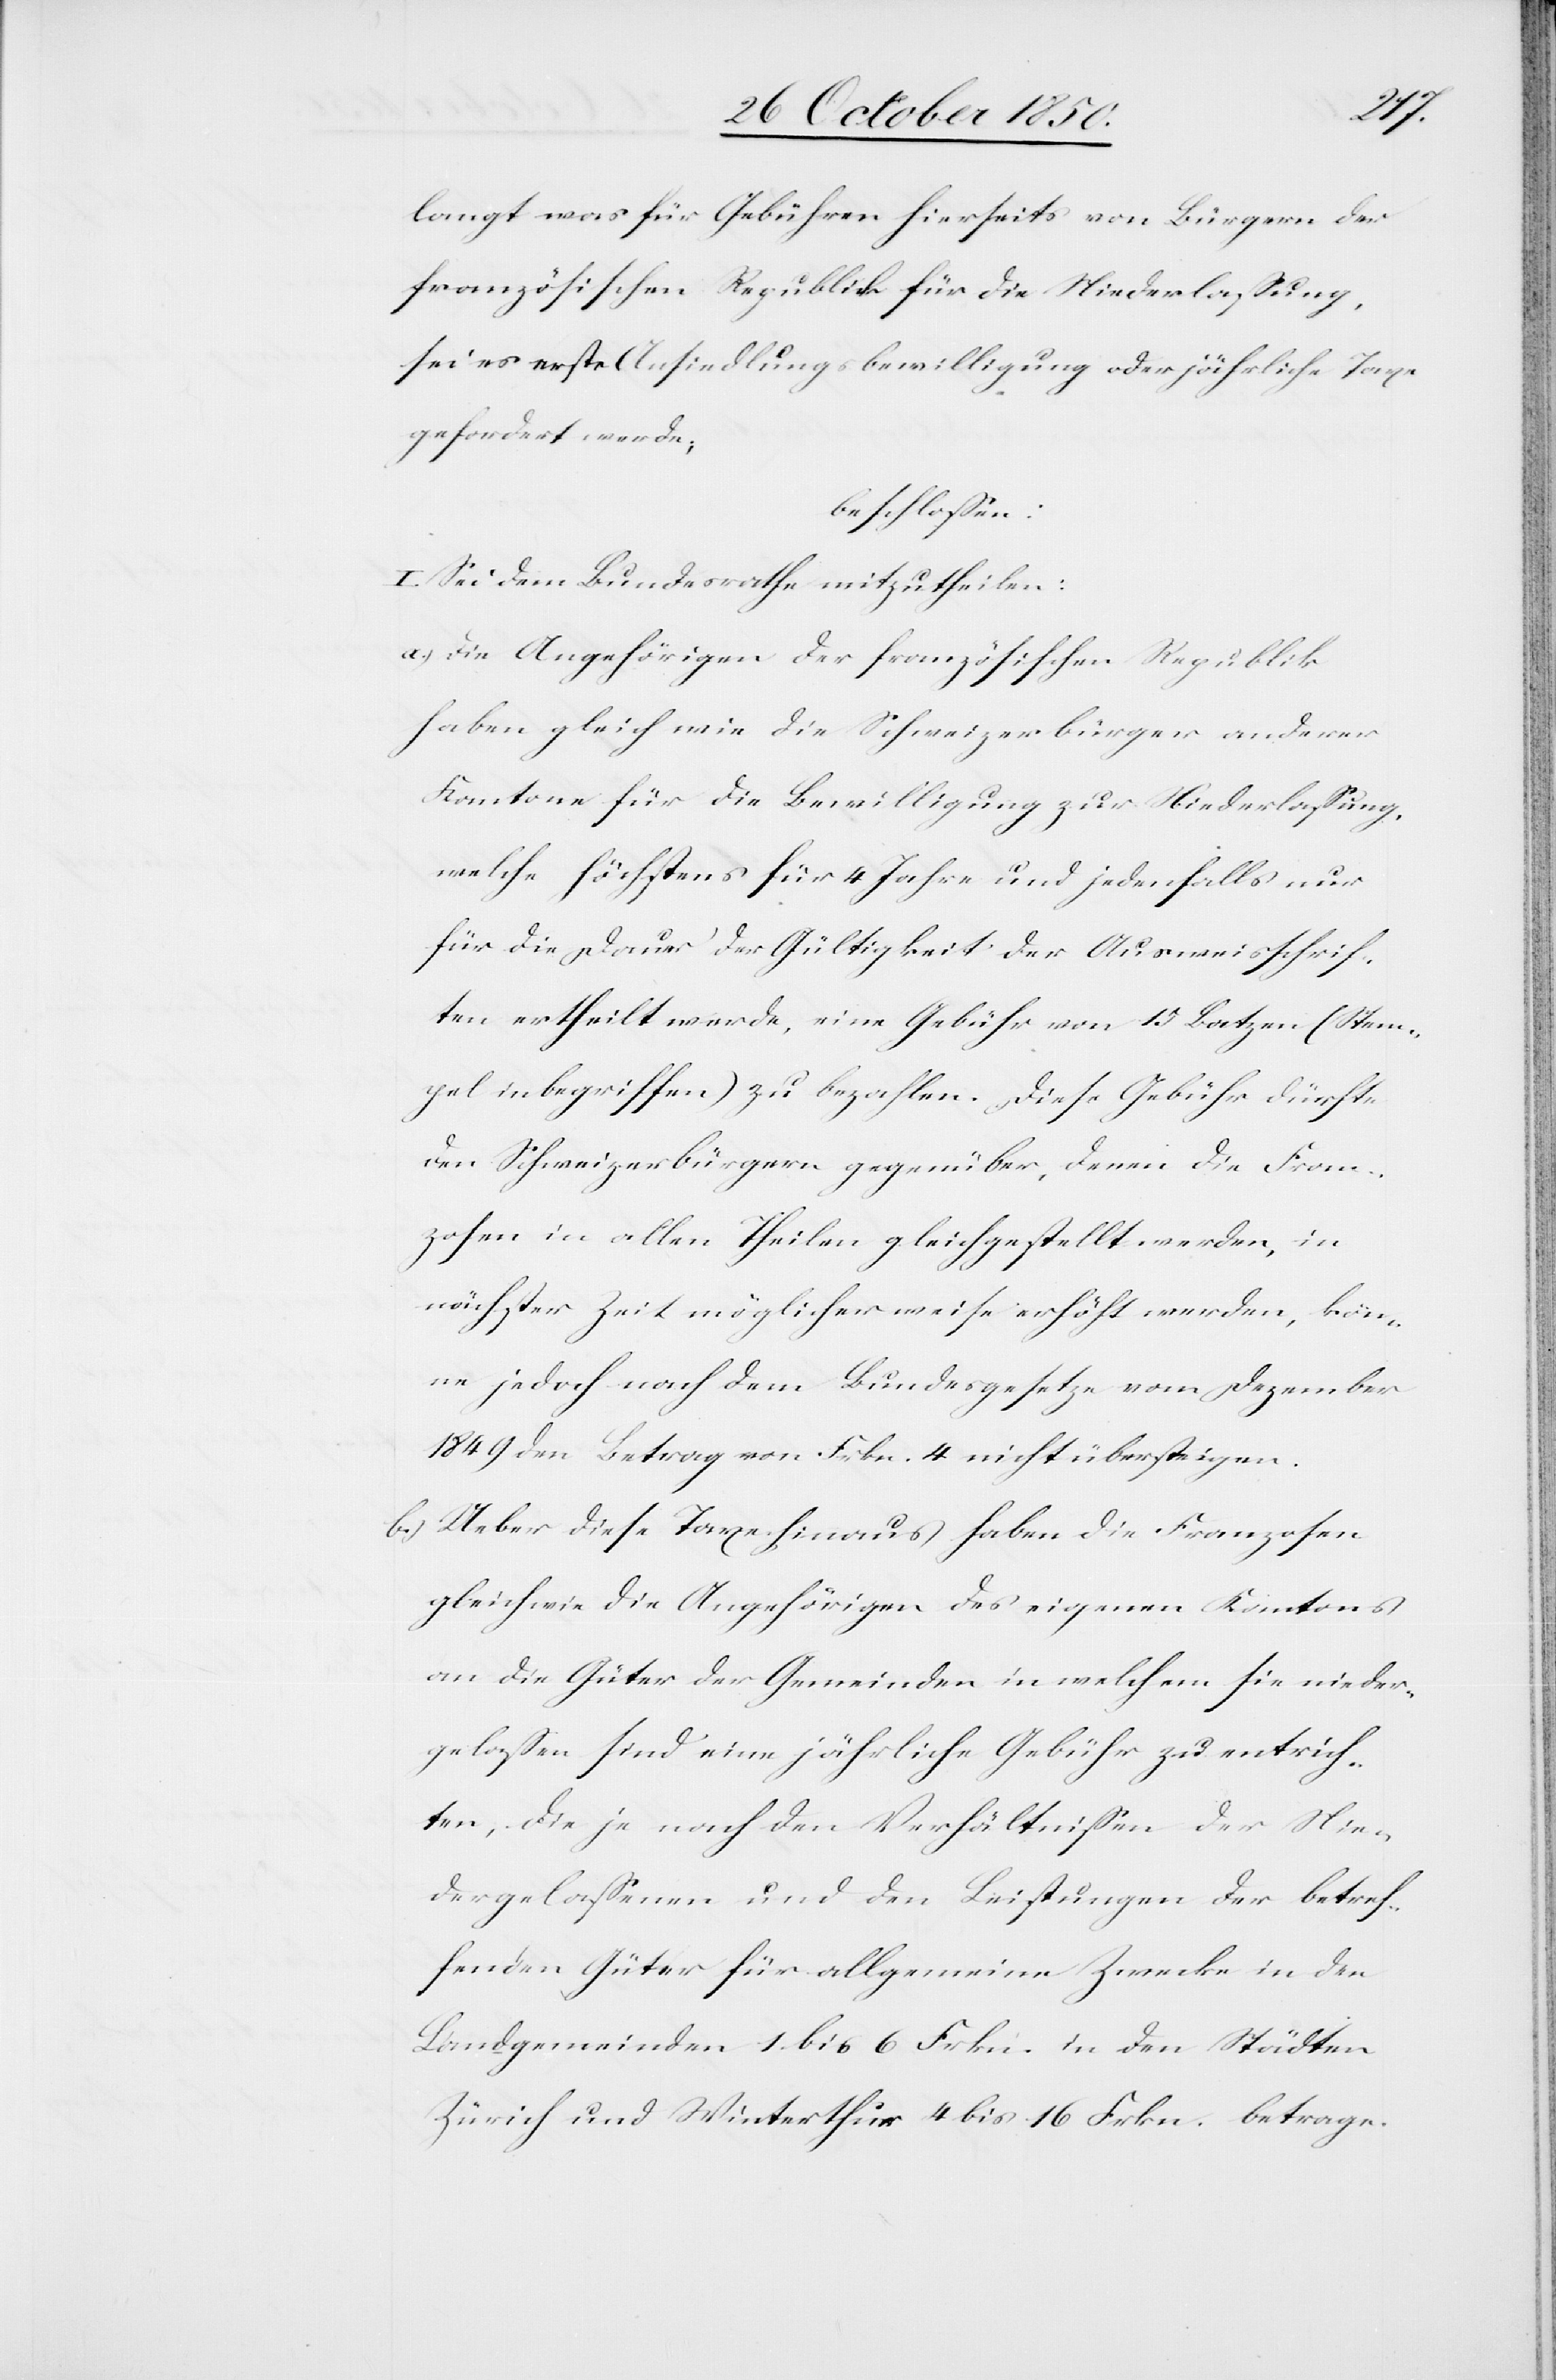
langt was für Gebühren hierseits von Bürgern der
französischen
Republick für die Niederlassung,
sei es erste Ansiedlungsbewilligung oder jährliche Taxe
gefordert werde;
beschlossen:
I. Sei dem Bundesrathe mitzutheilen:
a.) Die Angehörigen der französischen Republik
haben gleich wie die Schweizerbürger anderer
Kantone für die Bewilligung zur Niederlassung,
welche höchstens für 4 Jahre und jedenfalls nur
für die Dauer der Gültigkeit der Ausweisschrif¬
ten ertheilt werde, eine Gebühr von 15 Batzen (Stem¬
pel inbegriffen) zu bezahlen. Diese Gebühr dürfte
den Schweizerbürgern gegenüber, denen die Fran¬
zosen in allen Theilen gleichgestellt werden, in
nächster Zeit möglicherweise erhöht werden, kön¬
ne jedoch nach dem Bundesgesetze vom Dezember
1849 den Betrag von Frkn. 4 nicht übersteigen.
b.) Ueber diese Taxe hinaus haben die Franzosen
gleichwie die Angehörigen des eigenen Kantons
an die Güter der Gemeinden in welchem sie nieder¬
gelassen sind eine jährliche Gebühr zu entrich¬
ten, die je nach den Verhältnissen der Nie¬
dergelassenen und den Leistungen der betref¬
fenden Güter für allgemeine Zwecke in den
Landgemeinden 1 bis 6 Frkn. in den Städten
Zürich und Winterthur 4 bis 16 Frkn. betrage.